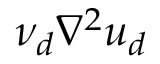
\nu _ { d } \nabla ^ { 2 } u _ { d }